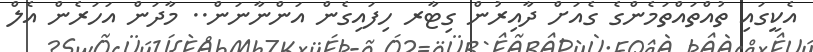
އެކީގައި ތުއްތައްތަމެންގެ ގެއަށް ދާއިރުން ގިޓާރ ހިފައިގެން އަންނާނަން.. މާދަން އަހަރެން އެލް